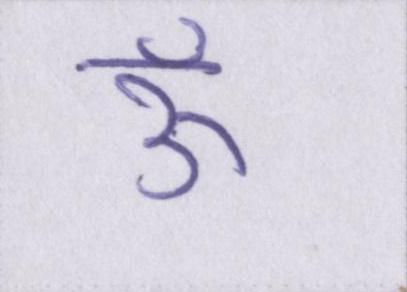
ऊँ